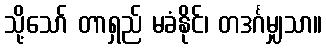
သို့သော် တာရှည် မခံနိုင်၊ တဒင်္ဂမျှသာ။